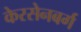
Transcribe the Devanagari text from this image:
केरसेनबर्ग